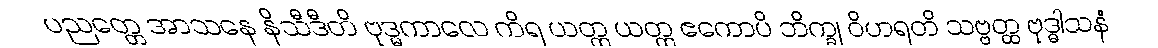
ပညတ္တေ အာသနေ နိသီဒီတိ ဗုဒ္ဓကာလေ ကိရ ယတ္ထ ယတ္ထ ဧကောပိ ဘိက္ခု ဝိဟရတိ သဗ္ဗတ္ထ ဗုဒ္ဓါသနံ